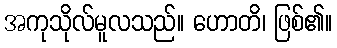
အကုသိုလ်မူလသည်။ ဟောတိ၊ ဖြစ်၏။